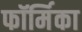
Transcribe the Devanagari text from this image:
फॉर्मिका